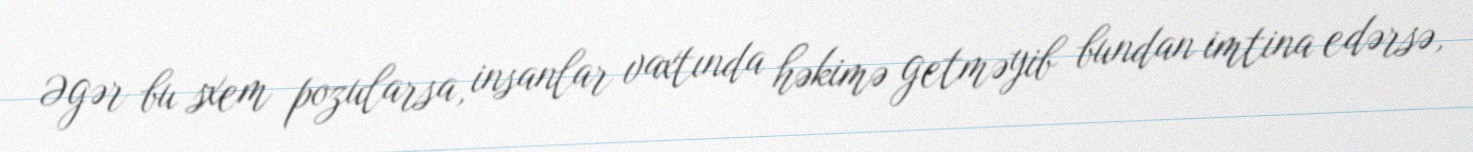
Əgər bu sxem pozularsa, insanlar vaxtında həkimə getməyib bundan imtina edərsə,